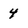
Character: 4